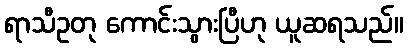
ရာသီဥတု ကောင်းသွားပြီဟု ယူဆရသည်။